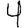
Digit: 4